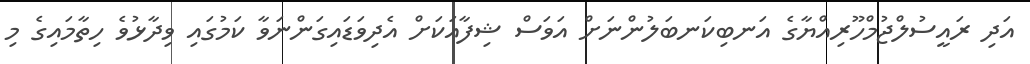
އަދި ރައީސުލްޖުމްހޫރިއްޔާގެ އަނބިކަނބަލުންނަށް އަވަސް ޝިފާއަކަށް އެދިވަޑައިގަންނަވާ ކަމުގައި ވިދާޅުވެ ހިތާމައިގެ މި